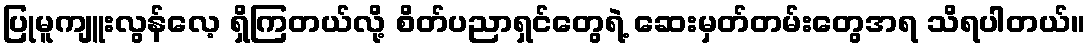
ပြုမူကျူးလွန်လေ့ ရှိကြတယ်လို့ စိတ်ပညာရှင်တွေရဲ့ ဆေးမှတ်တမ်းတွေအရ သိရပါတယ်။